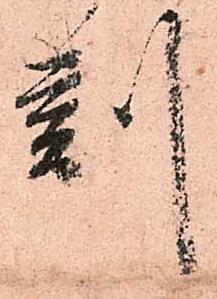
刻